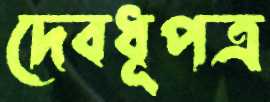
দেবধূপত্র